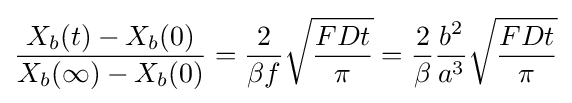
{\frac {X_{b}(t)-X_{b}(0)}{X_{b}(\infty )-X_{b}(0)}}={\frac {2}{\beta f}}{\sqrt {\frac {FDt}{\pi }}}={\frac {2}{\beta }}{\frac {b^{2}}{a^{3}}}{\sqrt {\frac {FDt}{\pi }}}